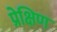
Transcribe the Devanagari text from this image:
प्रेक्षिण